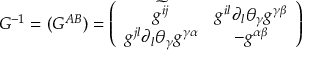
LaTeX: G ^ { - 1 } = ( G ^ { A B } ) = \left( \begin{array} { c c } { { \widetilde { { g } ^ { i j } } } } & { { g ^ { i l } \partial _ { l } \theta _ { \gamma } g ^ { \gamma \beta } } } \\ { { g ^ { j l } \partial _ { l } \theta _ { \gamma } g ^ { \gamma \alpha } } } & { { - g ^ { \alpha \beta } } } \end{array} \right)